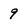
Character: 9